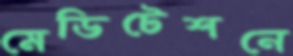
মেডিটেশনে